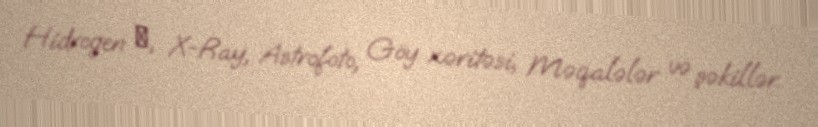
Hidrogen α, X-Ray, Astrofoto, Göy xəritəsi, Məqalələr və şəkillər.